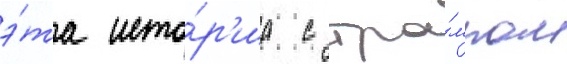
э́та исто́р'иа с тра́мпом